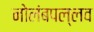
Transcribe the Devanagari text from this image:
नोलंबपल्लव